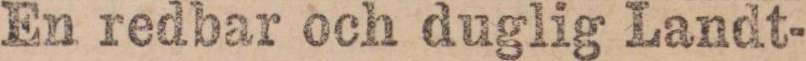
En redbar och duglig Landt-